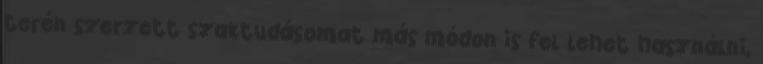
terén szerzett szaktudásomat más módon is fel lehet használni,